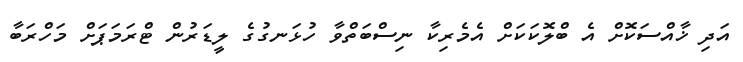
އަދި ޚާއްސަކޮށް އެ ބްލޮކަކަށް އެމެރިކާ ނިސްބަތްވާ ހުޅަނގުގެ ލީޑަރުން ޓްރަމަޕަށް މަހްރަބާ